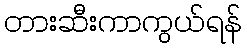
တားဆီးကာကွယ်ရန်